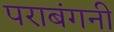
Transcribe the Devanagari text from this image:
पराबंगनी